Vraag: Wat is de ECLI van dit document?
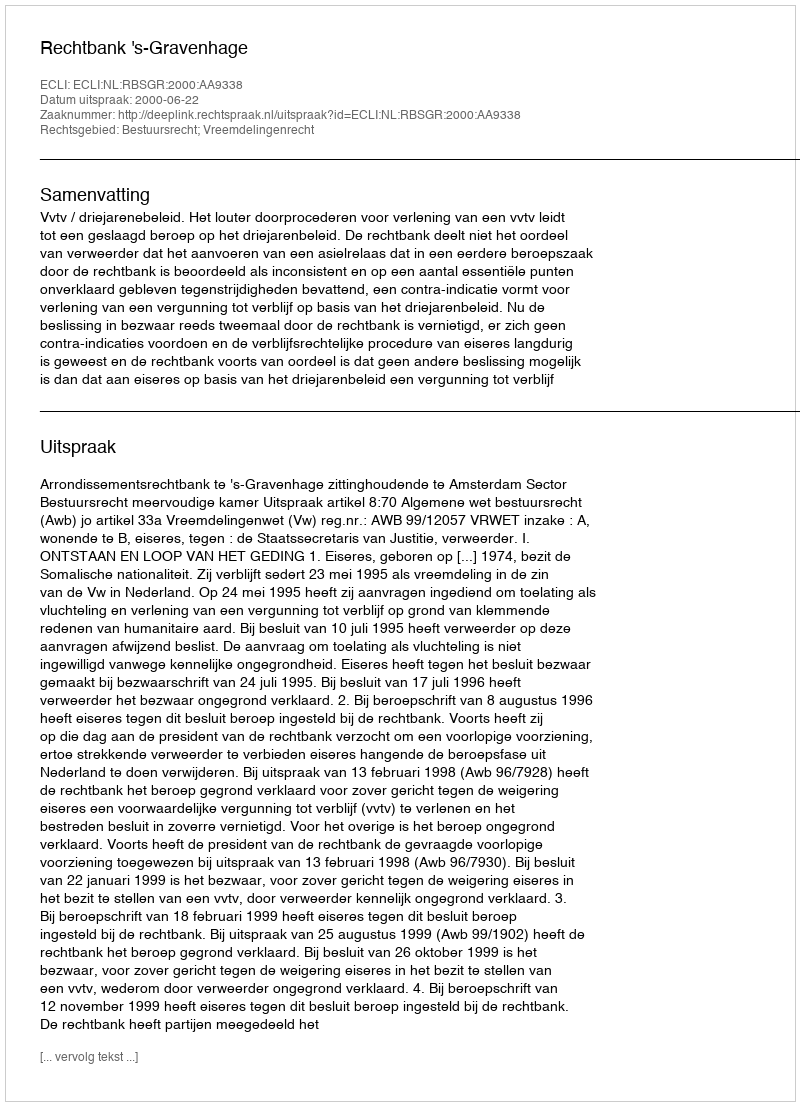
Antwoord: ECLI:NL:RBSGR:2000:AA9338